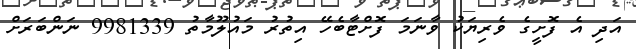
އަދި އެ ފޮށީގެ ވެރިޔަކު ވާނަމަ ފޮށްޓާބެހޭ އިތުރު މައުލޫމާތު 9981339 ނަންބަރަށް